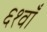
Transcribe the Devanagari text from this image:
६१वाँ